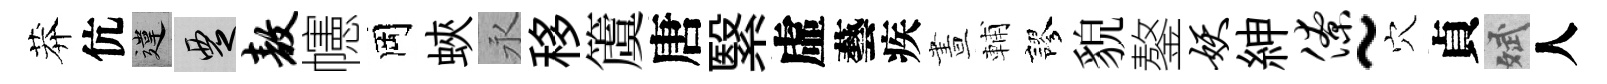
莽伉違覂敖幰岡蛺永移𥵂唐繄虛藝疾晝輔謬貌鏊妖紳僚~穴貞斌人